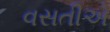
વસતીએ